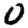
Digit: 0